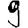
Digit: 9